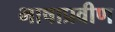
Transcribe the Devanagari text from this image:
भाषाप्रवीण